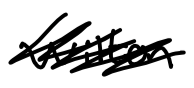
Text: Wilton
Cross-out: scratch
Writing tool: digital_black